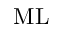
\mathrm { M L }